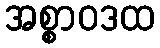
အစ္စာဝဒထ